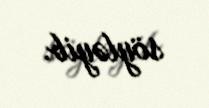
söyləyib.